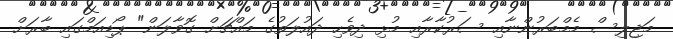
މަޖިލިސް މެމްބަރުންނާއި ސަރުކާރާއި މުޅި ދިވެހި ދައުލަތުގެ މައްޗަށް ގޮވާލަން" ޕޯޑިއަމްގައި ބާރަށް